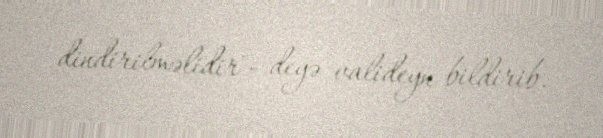
dindirilməlidir"- deyə valideyn bildirib.